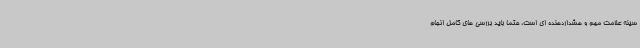
سینه علامت مهم و هشداردهنده ای است، حتما باید بررسی های کامل انجام